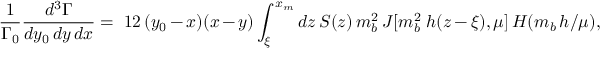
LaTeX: \frac 1 { \Gamma _ { 0 } } \frac { d ^ { 3 } \Gamma } { d y _ { 0 } \, d y \, d x } = \; 1 2 \, ( y _ { 0 } - x ) ( x - y ) \int _ { \xi } ^ { x _ { m } } d z \, S ( z ) \, m _ { b } ^ { 2 } \, J [ m _ { b } ^ { 2 } \; h ( z - \xi ) , \mu ] \, H ( m _ { b } \, h / \mu ) ,